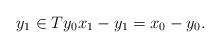
\begin{align*}y_1\in Ty_0x_1-y_1=x_0-y_0.\end{align*}